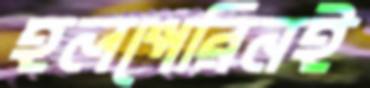
হলপেরিনই